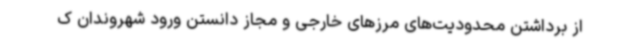
از برداشتن محدودیت‌های مرزهای خارجی و مجاز دانستن ورود شهروندان ک